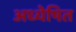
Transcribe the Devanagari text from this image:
अध्येषित